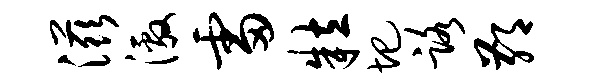
滋激雷粒圯路鄙